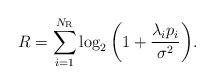
LaTeX: \begin{align*} R=\sum\limits_{i=1}^{N_{\rm R}}{\log_2{\left(1+\frac{\lambda_i p_i}{\sigma^2}\right)}}.\end{align*}